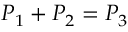
P _ { 1 } + P _ { 2 } = P _ { 3 }